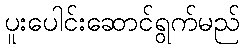
ပူးပေါင်းဆောင်ရွက်မည်